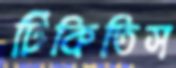
টিকিতিস